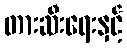
တားဆီးရေးနှင့်